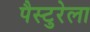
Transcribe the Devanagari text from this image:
पैस्टुरेला